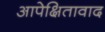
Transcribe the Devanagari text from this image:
आपेक्षितावाद